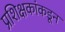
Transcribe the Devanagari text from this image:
प्रशिक्षकांकडून